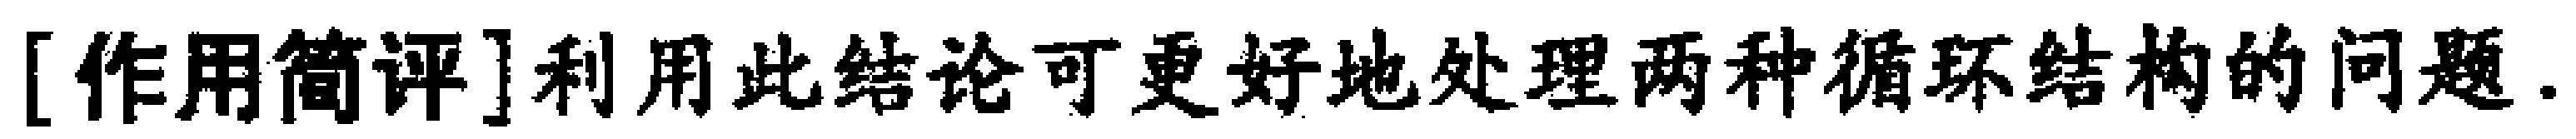
[作用简评]利用此结论可更好地处理两种循环结构的问题.